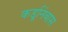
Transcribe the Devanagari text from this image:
कडूनिंबास